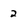
Character: 2